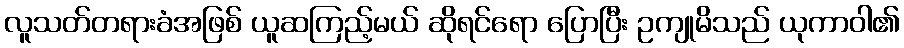
လူသတ်တရားခံအဖြစ် ယူဆကြည့်မယ် ဆိုရင်ရော ပြောပြီး ဥကျုမိသည် ယုကာဝါ၏